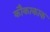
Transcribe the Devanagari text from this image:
कौकाकाक